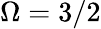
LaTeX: \Omega=3/2